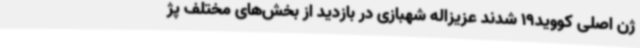
ژن اصلی کووید19 شدند عزیزاله شهبازی در بازدید از بخش‌های مختلف پژ